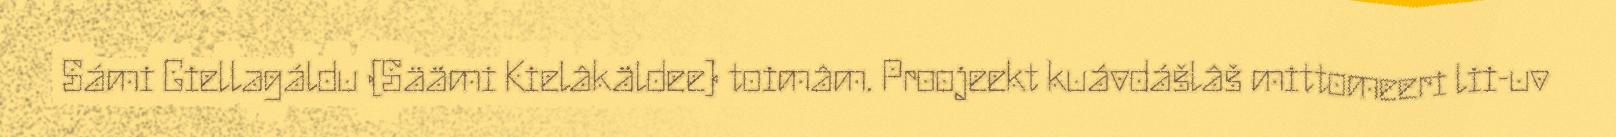
Sámi Giellagáldu (Säämi Kielâkäldee) toimâm. Proojeekt kuávdášlâš mittomeeri lii-uv